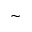
\sim